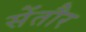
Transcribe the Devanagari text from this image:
सेंतौर